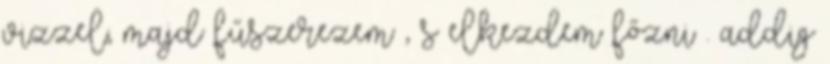
vizzel, majd fűszerezem , s elkezdem főzni . addig